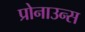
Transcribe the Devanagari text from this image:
प्रोनाउन्स